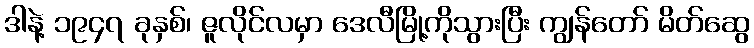
ဒါနဲ့ ၁၉၄၇ ခုနှစ်၊ ဇူလိုင်လမှာ ဒေလီမြို့ကိုသွားပြီး ကျွန်တော် မိတ်ဆွေ